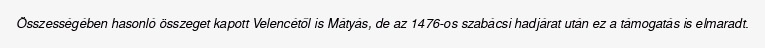
Összességében hasonló összeget kapott Velencétől is Mátyás, de az 1476-os szabácsi hadjárat után ez a támogatás is elmaradt.